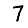
Digit: 7